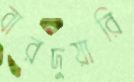
বারদুয়ারি